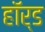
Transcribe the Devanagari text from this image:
हॉर्ड